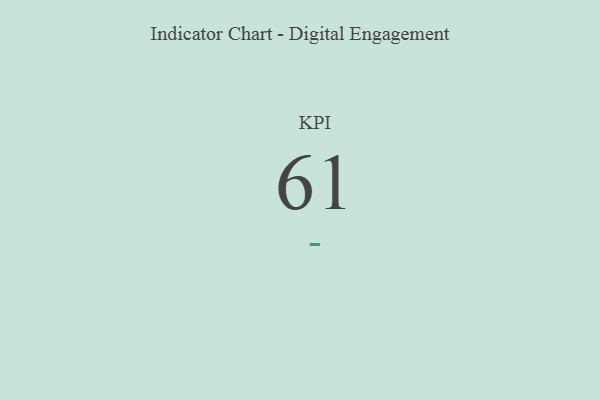
{"axis": {"x": "KPI", "y": "Value"}, "legend": [""], "data": [{"x": "KPI", "y": 61, "type": ""}]}